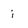
Character: i